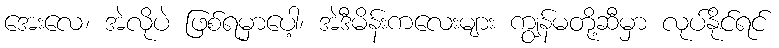
အေးလေ၊ အဲလိုပဲ ဖြစ်ရမှာပေါ့၊ အဲဒီမိန်းကလေးများ ကျွန်မတို့ဆီမှာ လုပ်နိုင်ရင်